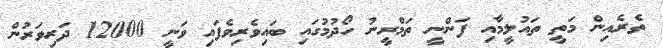
ތެރެއިން މަތީ ތައުލީމާއި ފަންނީ ތަމްރީނު ހޯދުމުގައި ބައިވެރިވެފައި ވަނީ 12000 ދަރިވަރުން